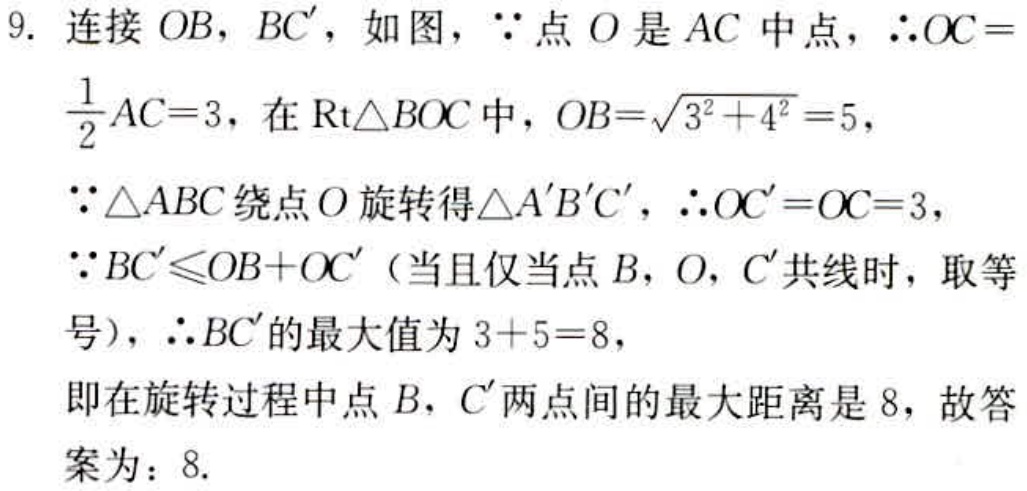
9. 连接 \(OB\)，\(BC'\)，如图，\(\because\)点 \(O\) 是 \(AC\) 中点，\(\therefore OC = \frac{1}{2}AC = 3\)，在 \(\text{Rt}\triangle BOC\) 中，\(OB=\sqrt{3^{2}+4^{2}} = 5\)，
\(\because\triangle ABC\) 绕点 \(O\) 旋转得 \(\triangle A'B'C'\)，\(\therefore OC' = OC = 3\)，
\(\because BC'\leqslant OB + OC'\)（当且仅当点 \(B\)，\(O\)，\(C'\) 共线时，取等号），\(\therefore BC'\) 的最大值为 \(3 + 5 = 8\)，
即在旋转过程中点 \(B\)，\(C'\) 两点间的最大距离是 \(8\)，故答案为：\(8\).